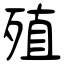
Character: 殖